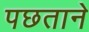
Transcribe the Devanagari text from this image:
पछताने